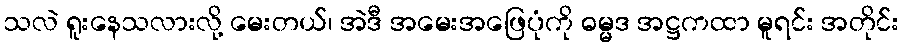
သလဲ ရူးနေသလားလို့ မေးတယ်၊ အဲဒီ အမေးအဖြေပုံကို ဓမ္မဒ အဋ္ဌကထာ မူရင်း အတိုင်း